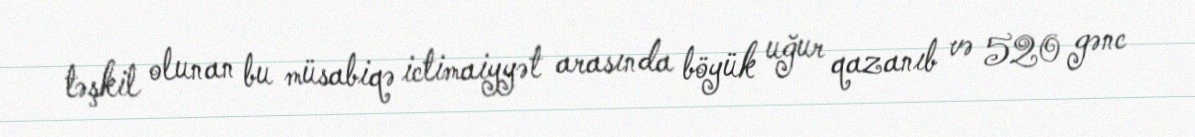
təşkil olunan bu müsabiqə ictimaiyyət arasında böyük uğur qazanıb və 520 gənc